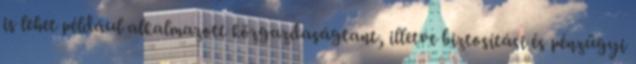
is lehet például alkalmazott közgazdaságtant, illetve biztosítási és pénzügyi